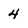
Character: 4